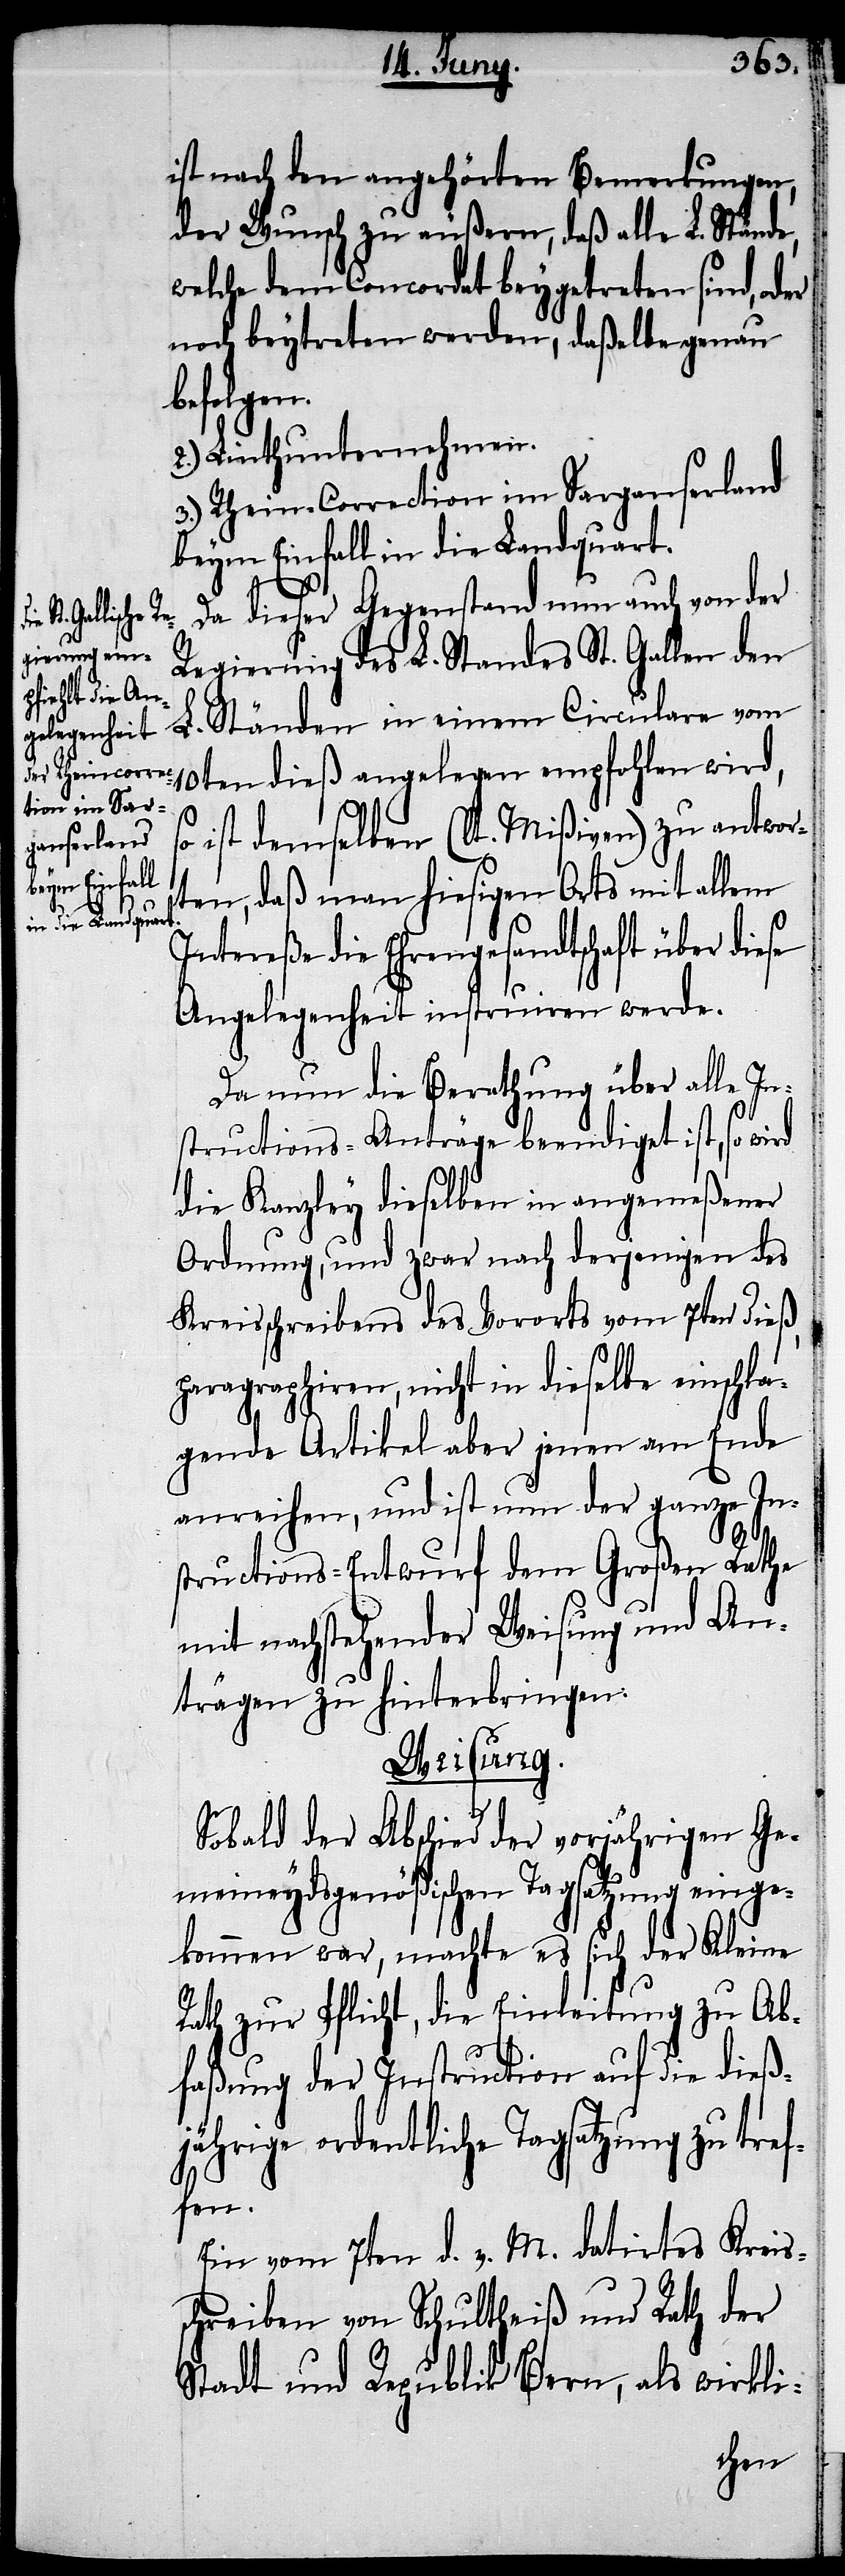
ist nach den angehörten Bemerkungen,
der Wunsch zu äußern, daß alle L. Stände,
welche dem Concordat beygetreten sind, oder
noch beytreten werden, daßelbe genau
befolgen.
2.) Linthunternehmen.
3.) Rhein-Correction im Sarganserland
beym Einfall in die Landquart.
Da dieser Gegenstand nun auch von der
Regierung des L. Standes St. Gallen den
L. Ständen in einem Circulare vom
10ten dieß angelegen empfohlen wird,
ist demselben (lt. Mißiven) zu antwor¬
ten, daß man hiesigen Orts mit allem
Intereße die Ehrengesandtschaft über diese
Angelegenheit instruiren werde.
Da nun die Berathung über alle In¬
structions-Anträge beendigt ist, so wird
die Kanzley dieselben in angemeßener
Ordnung, und zwar nach derjenigen des
Kreisschreibens des Vororts vom 7ten dieß,
paragraphiren, nicht in dieselbe einschla¬
gende Artikel aber jenen am Ende
anreihen, und ist nun der ganze In¬
structions-Entwurf dem Großen Rathe
mit nachstehender Weisung und An¬
trägen zu hinterbringen:
Weisung.
Sobald der Abschied der vorjährigen Ge¬
meineydsgenößischen Tagsatzung einge¬
kommen war, machte es sich der Kleine
Rath zur Pflicht, die Einleitung zu Ab¬
faßung der Instruction auf die dieß¬
jährige ordentliche Tagsatzung zu tref¬
fen.
Ein vom 7ten d. v. M. datirtes Kreis¬
schreiben von Schultheiß und Rath der
Stadt und Republik Bern, als wirkli-